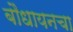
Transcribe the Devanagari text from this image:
बौधायनचा